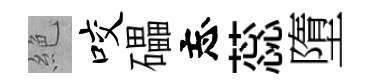
絶咬礧忘蕊墮